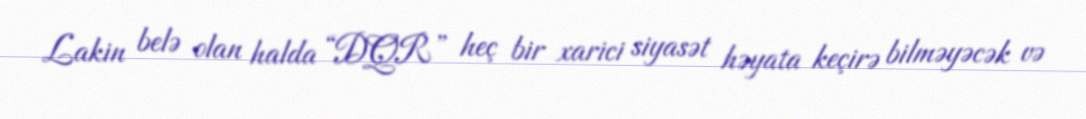
Lakin belə olan halda “DQR” heç bir xarici siyasət həyata keçirə bilməyəcək və